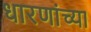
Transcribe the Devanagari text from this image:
धारणांच्या